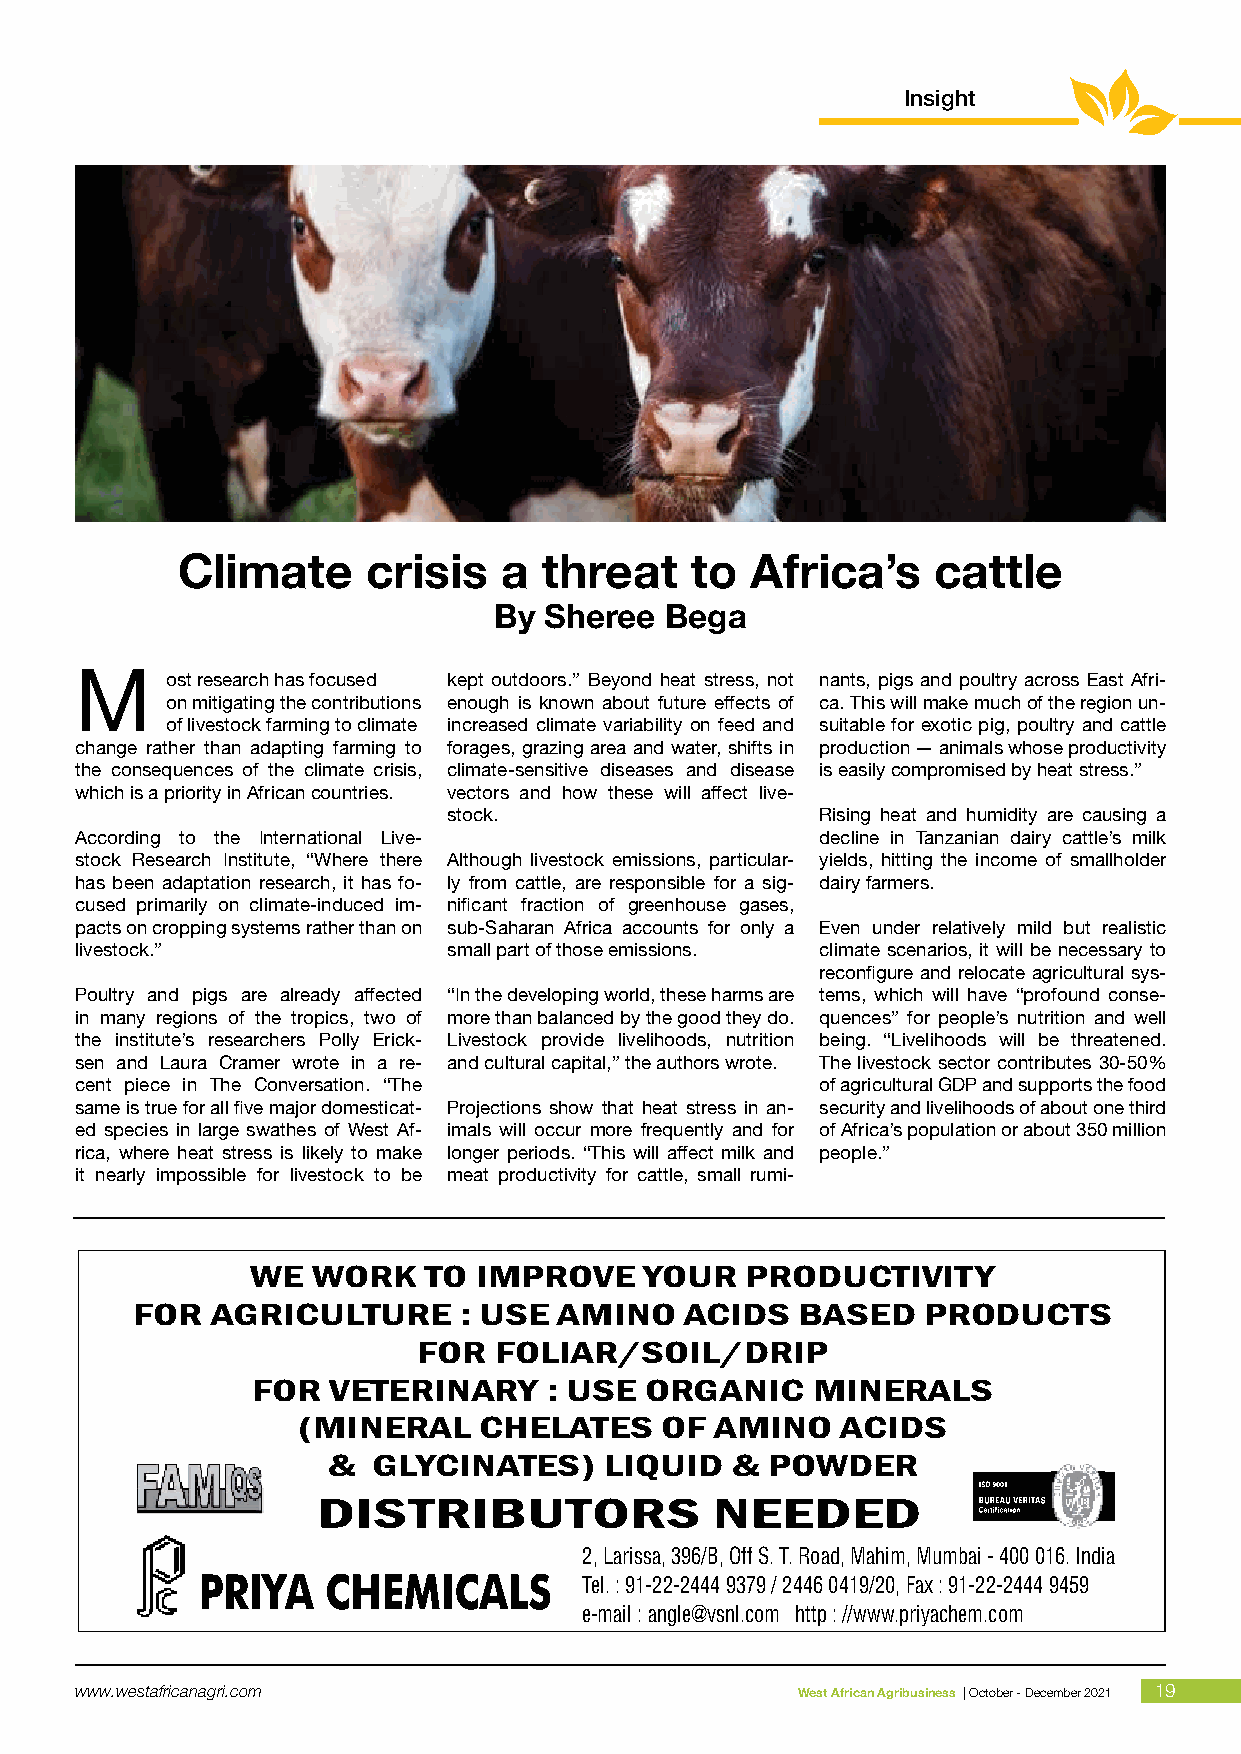
Insight
 Climate     crisis   a  threat    to  Africa’s    cattle
 By Sheree  Bega
 M
 ost research has focused kept outdoors.” Beyond heat stress, not nants, pigs and poultry across East Afri-
 on mitigating the contributions enough is known about future effects of ca. This will make much of the region un-
 of livestock farming to climate increased climate variability on feed and suitable for exotic pig, poultry and cattle
 change rather than adapting farming to forages, grazing area and water, shifts in production — animals whose productivity
 the consequences of the climate crisis, climate-sensitive diseases and disease is easily compromised by heat stress.”
 which is a priority in African countries. vectors and how these will affect live-
 stock.                  Rising heat and humidity are causing a
 According to the International Live-             decline in Tanzanian dairy cattle’s milk
 stock Research Institute, “Where there Although livestock emissions, particular- yields, hitting the income of smallholder
 has been adaptation research, it has fo- ly from cattle, are responsible for a sig- dairy farmers.
 cused primarily on climate-induced im- nificant fraction of greenhouse gases,
 pacts on cropping systems rather than on sub-Saharan Africa accounts for only a Even under relatively mild but realistic
 livestock.”              small part of those emissions. climate scenarios, it will be necessary to
 reconfigure and relocate agricultural sys-
 Poultry and pigs are already affected “In the developing world, these harms are tems, which will have “profound conse-
 in many regions of the tropics, two of more than balanced by the good they do. quences” for people’s nutrition and well
 the institute’s researchers Polly Erick- Livestock provide livelihoods, nutrition being. “Livelihoods will be threatened.
 sen and Laura Cramer wrote in a re- and cultural capital,” the authors wrote. The livestock sector contributes 30-50%
 cent piece in The Conversation. “The             of agricultural GDP and supports the food
 same is true for all five major domesticat- Projections show that heat stress in an- security and livelihoods of about one third
 ed species in large swathes of West Af- imals will occur more frequently and for of Africa’s population or about 350 million
 rica, where heat stress is likely to make longer periods. “This will affect milk and people.”
 it nearly impossible for livestock to be meat productivity for cattle, small rumi-
 WE  WORK   TO IMPROVE     YOUR  PRODUCTIVITY
 FOR  AGRICULTURE     : USE  AMINO   ACIDS   BASED   PRODUCTS
 FOR  FOLIAR/SOIL/DRIP
 FOR  VETERINARY    : USE  ORGANIC    MINERALS
 (MINERAL    CHELATES    OF AMINO    ACIDS
 &  GLYCINATES)    LIQUID  &  POWDER
 DISTRIBUTORS              NEEDED
 2, Larissa, 396/B, Off S. T. Road, Mahim, Mumbai - 400 016. India
 Tel. : 91-22-2444 9379 / 2446 0419/20, Fax : 91-22-2444 9459
 e-mail : angle@vsnl.com http : //www.priyachem.com
 Size : 185mm x 65mm
 w w w . w e s t a fr ic a n a g r i. c o m      W e s t A f r ican Agri business | O ctober - Dece m b e r 2 0 2 1 19